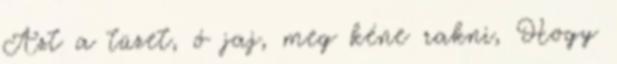
Azt a tüzet, ó jaj, meg kéne rakni, Hogy